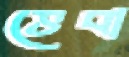
ভেবা